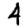
Digit: 4